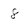
Character: 8